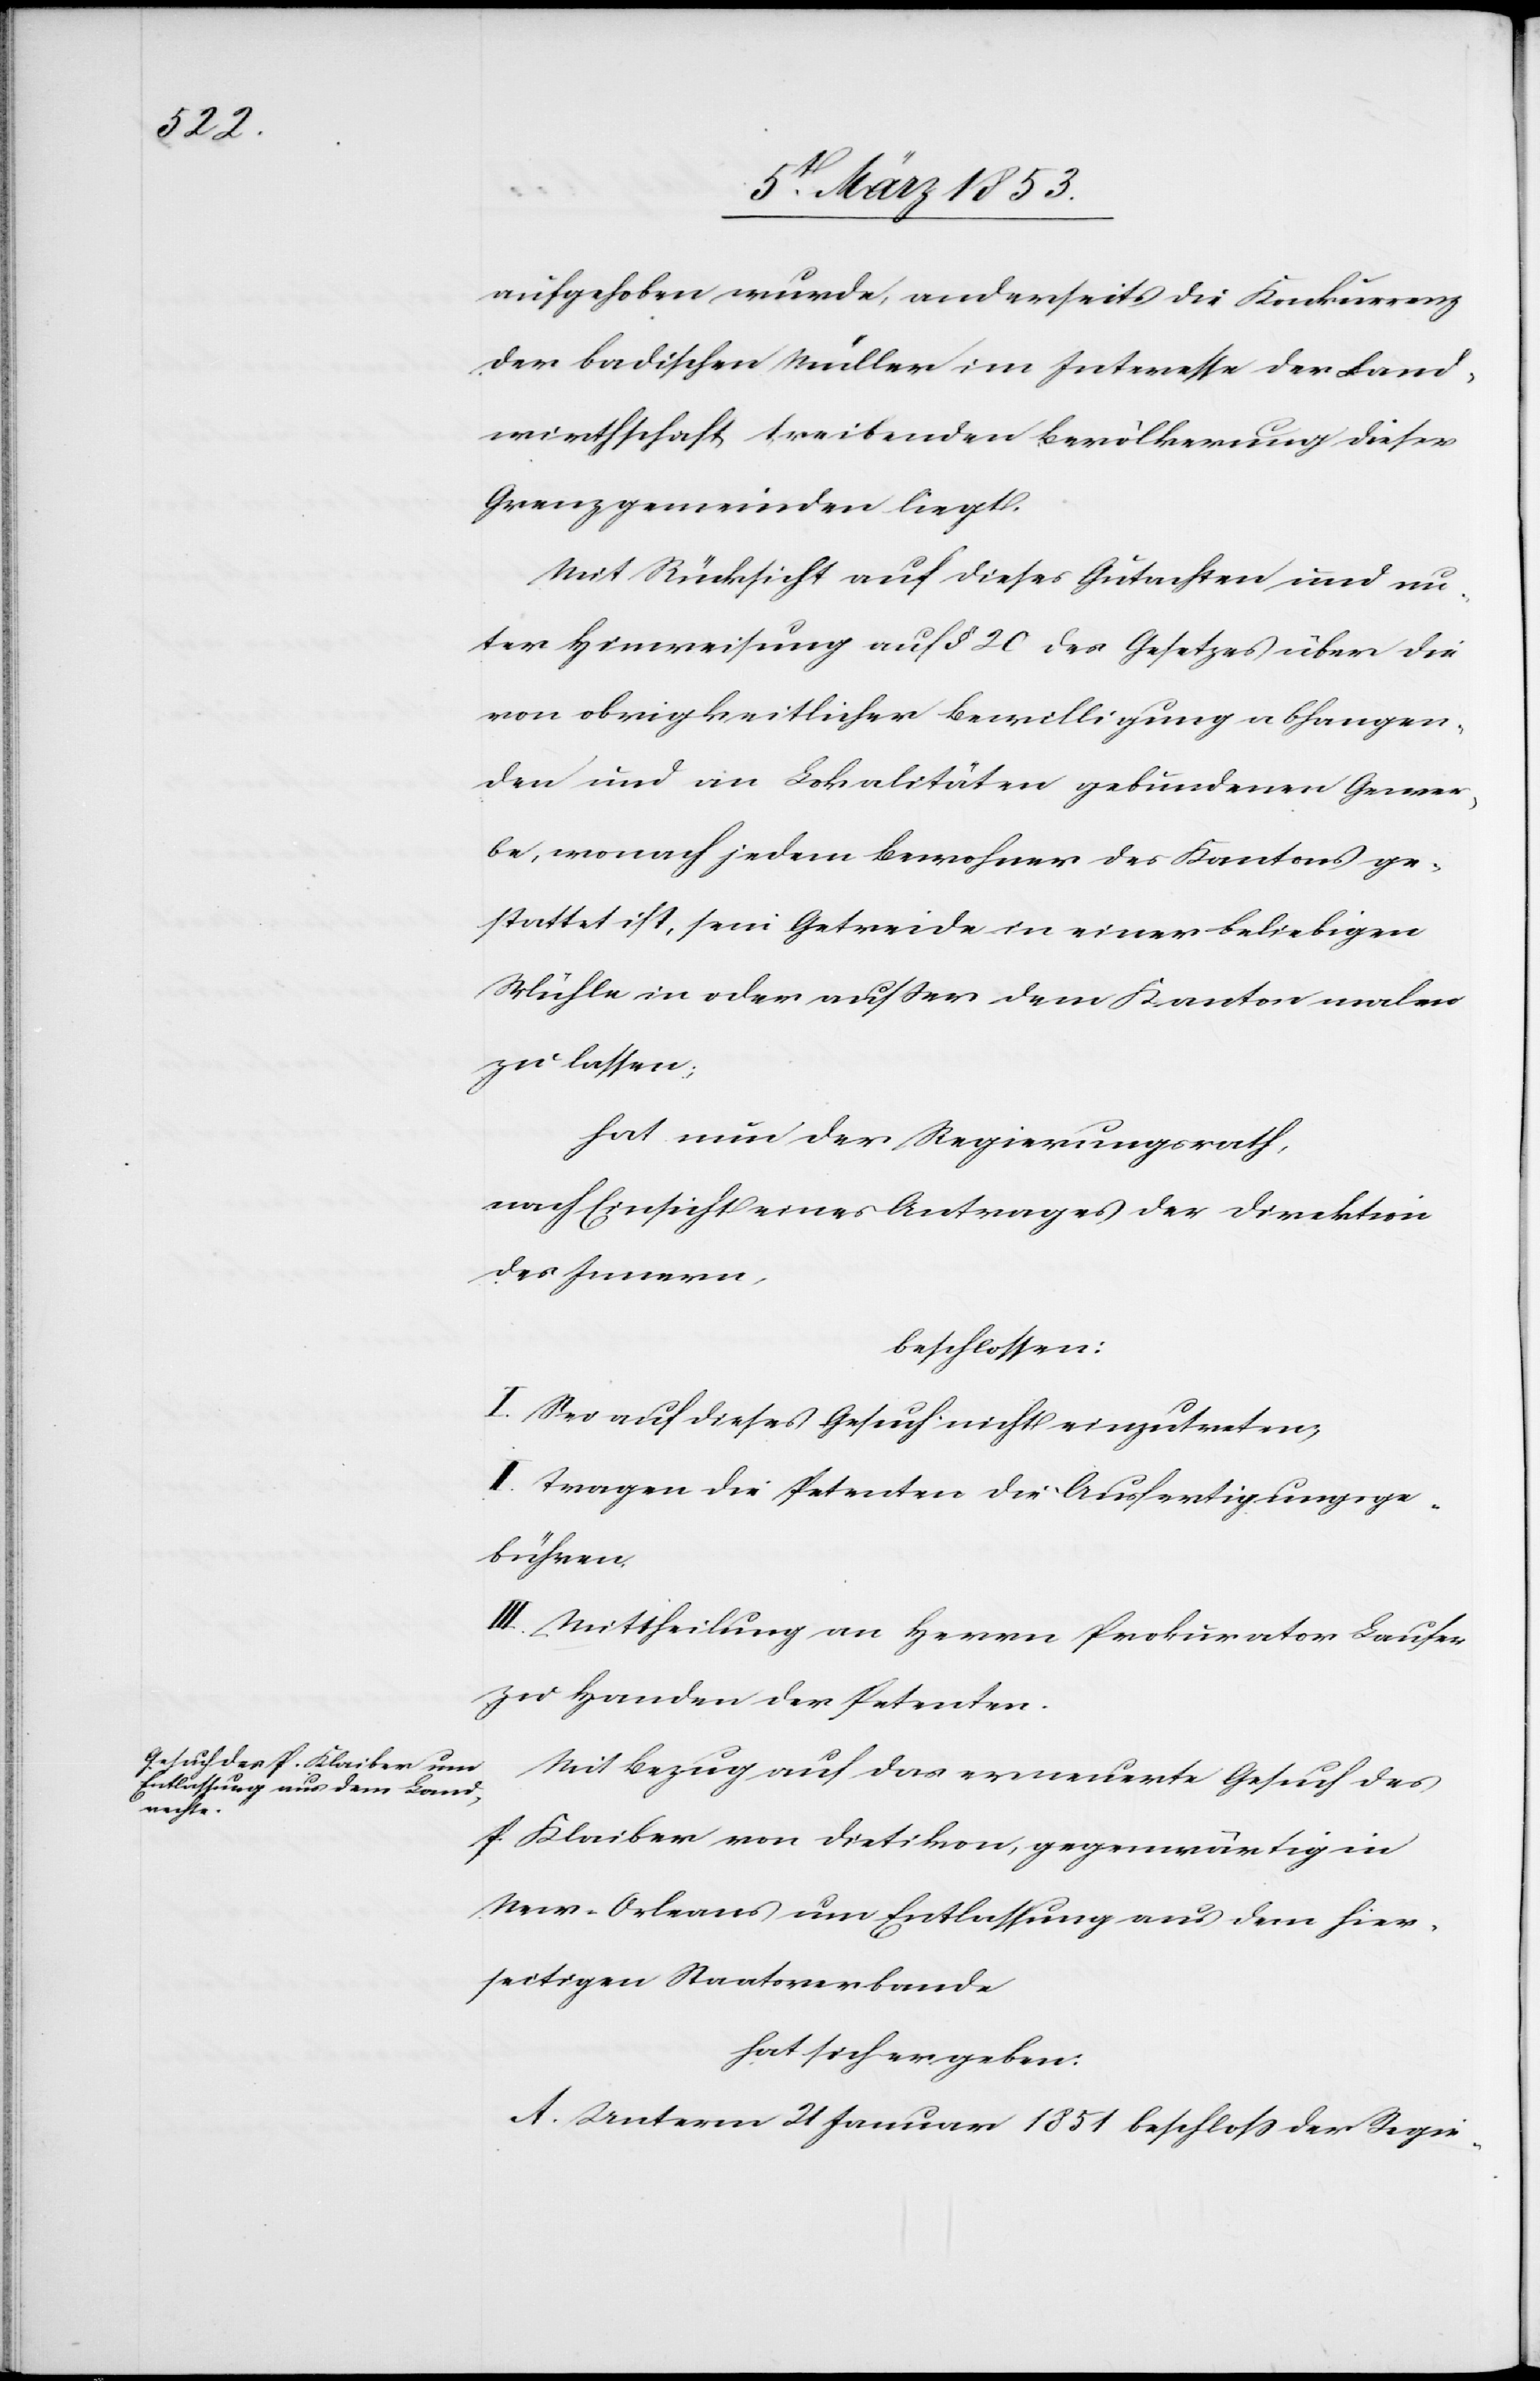
aufgehoben wurde, anderseits die Konkurrenz
der badischen Müller im Interesse der Land¬
wirthschaft treibenden Bevölkerung dieser
Grenzgemeinden liegt.
Mit Rücksicht auf dieses Gutachten und un¬
ter Hinweisung auf § 20 des Gesetzes über die
von obrigkeitlicher Bewilligung abhangen¬
den und an Lokalitäten gebundenen Gewer¬
be, wonach jedem Bewohner des Kantons ge¬
stattet ist, sein Getreide in einer beliebigen
Mühle in oder außer dem Kanton malen
zu lassen;
hat nun der Regierungsrath,
nach Einsicht eines Antrages der Direktion
des Innern,
beschlossen:
I. Sei auf dieses Gesuch nicht einzutreten,
II. Tragen die Petenten die Ausfertigungsge¬
bühren.
III. Mittheilung an Herrn Prokurator Lauser
zu Handen der Petenten.
Mit Bezug auf das erneuerte Gesuch des
P. Klaiber von Dietikon, gegenwärtig in
New-Orleans um Entlassung aus dem hier¬
seitigen Staatsverbande
hat sich ergeben.
Unterm 21 Januar 1851 beschloß der Regie-